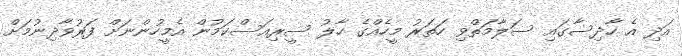
އަދި އެ ހާދިސާގައި ސަލާމަތްވި ހަތަރު މީހެއްގެ ހާލު ސީރިއަސްކަމުން އެމީހުންނަށް ފަރުވާދިނުމަށް